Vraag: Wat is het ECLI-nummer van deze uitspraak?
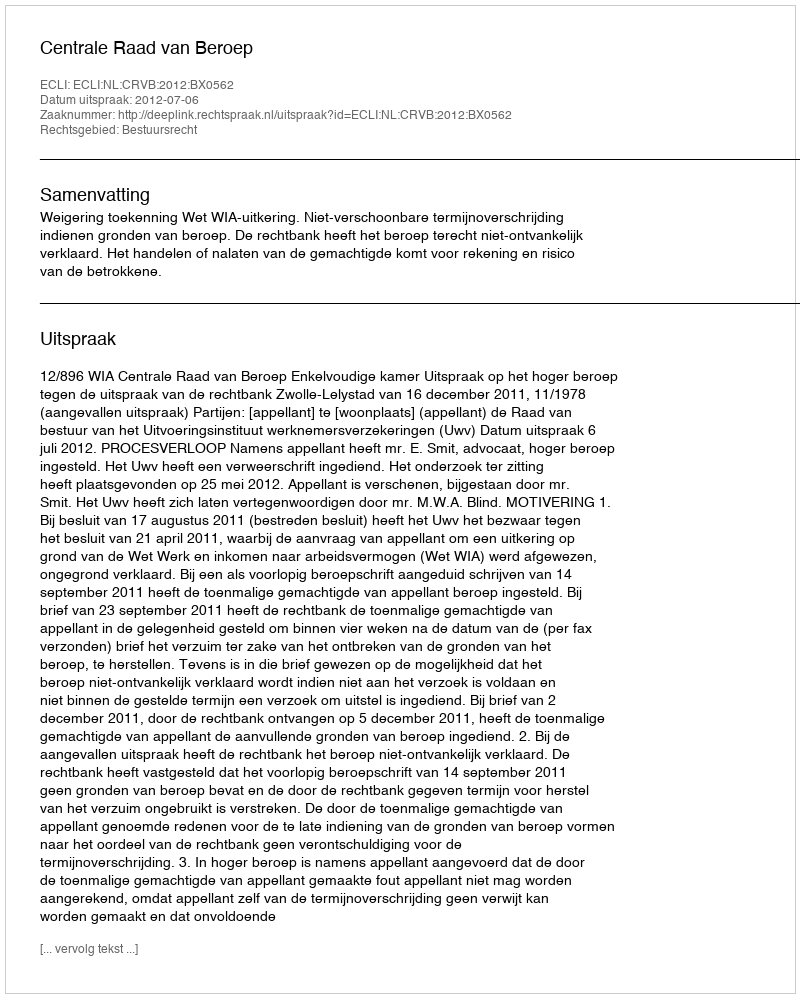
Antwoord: ECLI:NL:CRVB:2012:BX0562